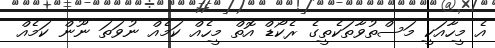
އެ މީހާއަކީ މަސްތުވާތަކެތީގެ ރެކޯޑް އޮތް މީހެއް ކަމެއް ނުވަތަ ނޫން ކަމެއް